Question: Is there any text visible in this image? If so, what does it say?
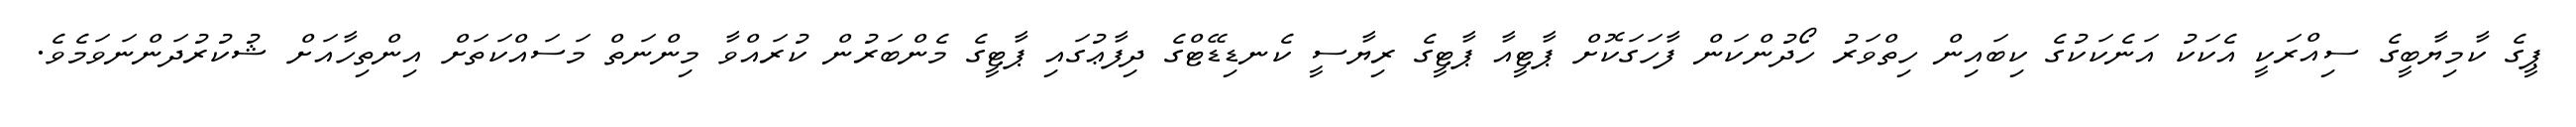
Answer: ޕީގެ ކާމިޔާބީގެ ސިއްރަކީ އެކަކު އަނެކަކުގެ ކިބައިން ހިތްވަރު ހޯދުންކަން ފާހަގަކޮށް ޕާޓީއާ ޕާޓީގެ ރިޔާސީ ކެނޑިޑޭޓްގެ ދިފާޢުގައި ޕާޓީގެ މެންބަރުން ކުރައްވާ މިންނަތް މަސައްކަތަށް އިންތިހާއަށް ޝުކުރުދަންނަވަމެވެ.